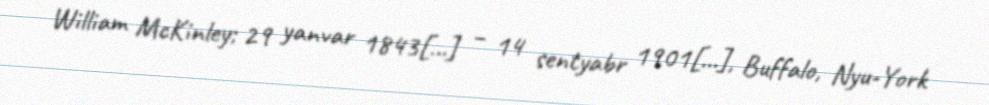
William McKinley; 29 yanvar 1843[…] – 14 sentyabr 1901[…], Buffalo, Nyu-York